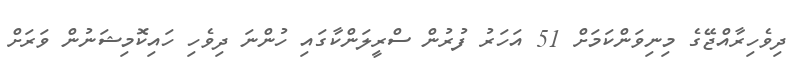
ދިވެހިރާއްޖޭގެ މިނިވަންކަމަށް 51 އަހަރު ފުރުން ސްރީލަންކާގައި ހުންނަ ދިވެހި ހައިކޮމިޝަނުން ވަރަށް